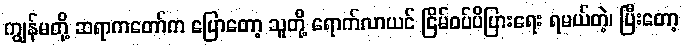
ကျွန်မတို့ ဆရာကတော်က ပြောတော့ သူတို့ ရောက်လာယင် ငြိမ်ဝပ်ပိပြားရေး ရမယ်တဲ့၊ ပြီးတော့